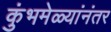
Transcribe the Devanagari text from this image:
कुंभमेळ्यांनंतर